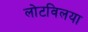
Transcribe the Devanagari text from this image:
लोटविलया